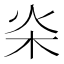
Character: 𣏦